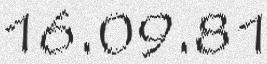
16.09.81